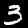
Label: 3